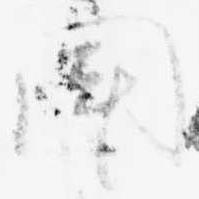
聞